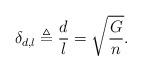
LaTeX: \begin{align*} \delta_{d,l} \triangleq \frac{d}{l}= \sqrt{\frac{G}{n}}.\end{align*}